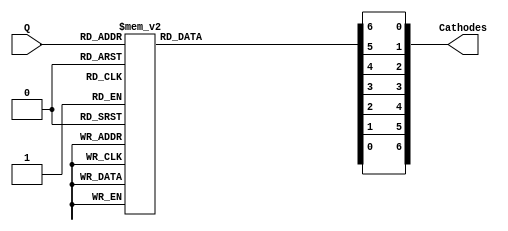
`timescale 1ns / 1ps
//////////////////////////////////////////////////////////////////////////////////
// Company: 
// Engineer: 
// 
// Design Name: 
// Module Name: Lab7
// Project Name: 
// Target Devices: 
// Tool Versions: 
// Description: 
// 
// Dependencies: 
// 
// Revision:
// Revision 0.01 - File Created
// Additional Comments:
// 
//////////////////////////////////////////////////////////////////////////////////
module SSDDriver(Q, Cathodes);
input [3:0]Q;
output [6:0] Cathodes; 
reg a,b,c,d,e,f,g;
always @(Q) begin 
case (Q) 
4'b0000:  begin a=0;b=0;c=0;d=0;e=0;f=0;g=1; end
4'b0001:  begin a=1;b=0;c=0;d=1; e=1; f=1; g=1; end
4'b0010:  begin a=0;b=0;d=0;e=0;g=0;c=1; f=1; end
4'b0011:  begin a=0;b=0;c=0;d=0;g=0;e=1; f=1; end
4'b0100:  begin a=1;b=0;c=0;g=0;e=1; d=1; f=0; end
4'b0101:  begin a=0;c=0;d=0;g=0;f=0;b=1; e=1; end
4'b0110:  begin a=0;g=0;b=1;c=0;d=0;e=0;f=0; end
4'b0111:  begin a=0;b=0;c=0; d=1; e=1; f=1; g=1; end
4'b1000:  begin a=0;b=0;c=0;d=0;e=0;f=0; g=0; end
4'b1001:  begin a=0;b=0;c=0;f=0;g=0; d=0; e=1; end
4'b1010:  begin a=0;b=0;c=0;f=0;g=0; d=1; e=0; end
4'b1011:  begin a=1;b=1;c=0;f=0;g=0; d=0; e=0; end
4'b1100:  begin a=0;b=1;c=1;f=0;g=1; d=0; e=0; end
4'b1101:  begin a=1;b=0;c=0;f=1;g=0; d=0; e=0; end
4'b1110:  begin a=0;b=1;c=1;f=0;g=0; d=0; e=0; end
4'b1111:  begin a=0;b=1;c=1;f=0;g=0; d=1; e=0; end
default  begin  a=0;b=0;c=0;d=0;e=0;f=0;g=0; end
endcase 
end

assign Cathodes={a,b,c,d,e,f,g};

endmodule